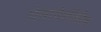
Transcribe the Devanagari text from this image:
चेतापेशींतील